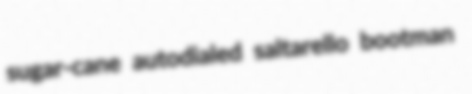
sugar-cane autodialed saltarello bootman